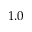
1 . 0